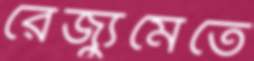
রেজ্যুমেতে